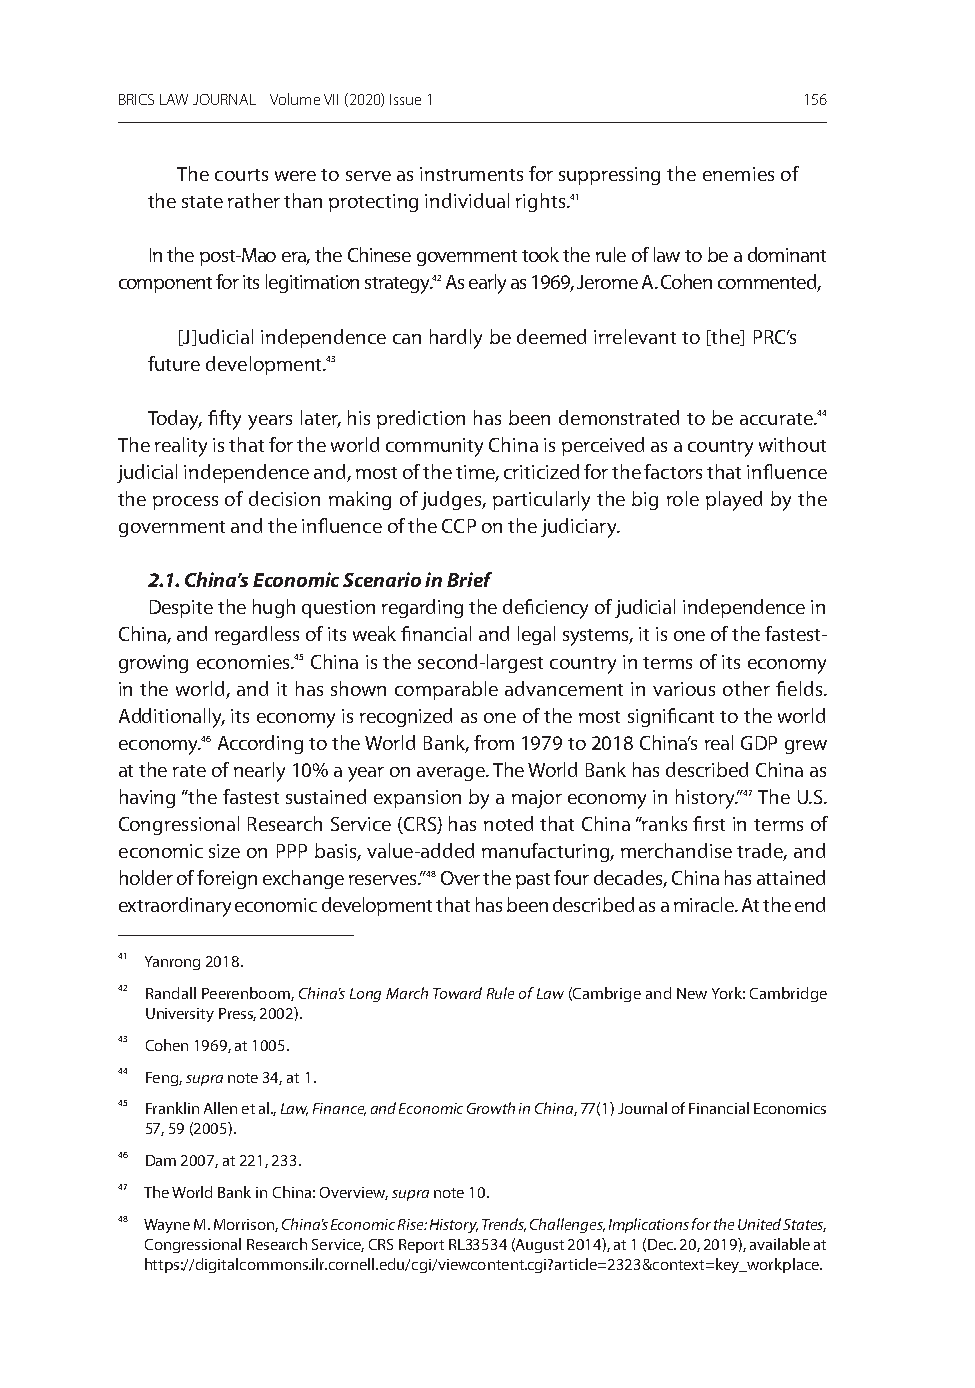
BRICS LAW JOURNAL Volume VII (2020) Issue 1  156
 The courts were to serve as instruments for suppressing the enemies of
 the state rather than protecting individual rights.41
 in the post-mao era, the Chinese government took the rule of law to be a dominant
 component for its legitimation strategy.42 as early as 1969, Jerome a. Cohen commented,
 [J]udicial independence can hardly be deemed irrelevant to [the] PrC’s
 future development.43
 Today, fifty years later, his prediction has been demonstrated to be accurate.44
 The reality is that for the world community China is perceived as a country without
 judicial independence and, most of the time, criticized for the factors that influence
 the process of decision making of judges, particularly the big role played by the
 government and the influence of the CCP on the judiciary.
 2.1. China’s Economic Scenario in Brief
 Despite the hugh question regarding the deficiency of judicial independence in
 China, and regardless of its weak financial and legal systems, it is one of the fastest-
 growing economies.45 China is the second-largest country in terms of its economy
 in the world, and it has shown comparable advancement in various other fields.
 additionally, its economy is recognized as one of the most significant to the world
 economy.46 according to the World Bank, from 1979 to 2018 China’s real gDP grew
 at the rate of nearly 10% a year on average. The World Bank has described China as
 having “the fastest sustained expansion by a major economy in history.”47 The u.s.
 Congressional research service (Crs) has noted that China “ranks first in terms of
 economic size on PPP basis, value-added manufacturing, merchandise trade, and
 holder of foreign exchange reserves.”48 over the past four decades, China has attained
 extraordinary economic development that has been described as a miracle. at the end
 41 Yanrong 2018.
 42 randall Peerenboom, China’s Long March Toward Rule of Law (Cambrige and new York: Cambridge
 university Press, 2002).
 43 Cohen 1969, at 1005.
 44 Feng, supra note 34, at 1.
 45 Franklin allen et al., Law, Finance, and Economic Growth in China, 77(1) Journal of Financial economics
 57, 59 (2005).
 46 Dam 2007, at 221, 233.
 47 The World Bank in China: overview, supra note 10.
 48 Wayne m. morrison, China’s Economic Rise: History, Trends, Challenges, Implications for the United States,
 Congressional research service, Crs report rl33534 (august 2014), at 1 (Dec. 20, 2019), available at
 https://digitalcommons.ilr.cornell.edu/cgi/viewcontent.cgi?article=2323&context=key_workplace.